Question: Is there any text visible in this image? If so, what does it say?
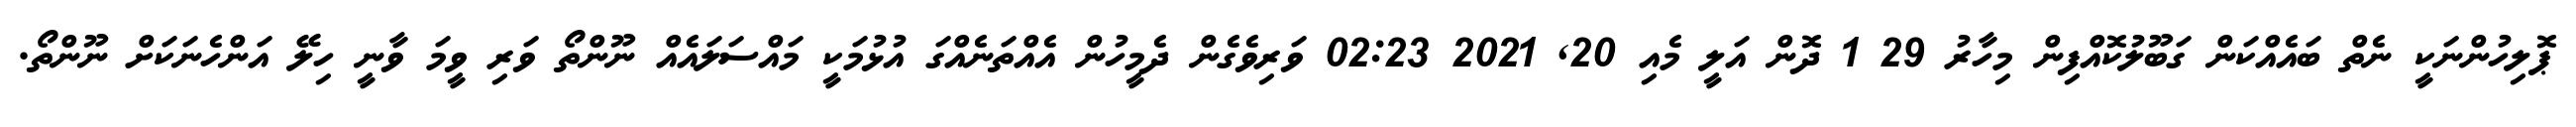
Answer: ޕޮލިހުންނަކީ ނެތް ބައެއްކަން ގަބޫލުކޮއްފިން މިހާރު 29 1 ދޮން އަލީ މެއި 20, 2021 02:23 ވަރިވެގެން ދެމީހުން އެއްތަނެއްގަ އުޅުމަކީ މައްސަލައެއް ނޫންތޯ ވަރި ވީމަ ވާނީ ހިލޭ އަންހެނަކަށް ނޫންތޯ.